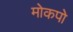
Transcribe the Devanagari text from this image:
मोकपो